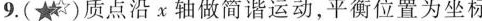
9.(★)质点沿χ轴做简谐运动，平衡位置为坐标原点